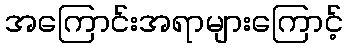
အကြောင်းအရာများကြောင့်